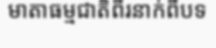
មាតាធម្មជាតិពីរនាក់ពីបទ